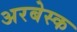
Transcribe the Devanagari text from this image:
अरबेस्क